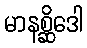
မာနစ္ဆိဒေါ